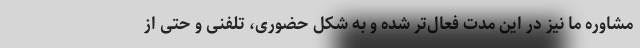
مشاوره ما نیز در این مدت فعال‌تر شده و به شکل حضوری، تلفنی و حتی از